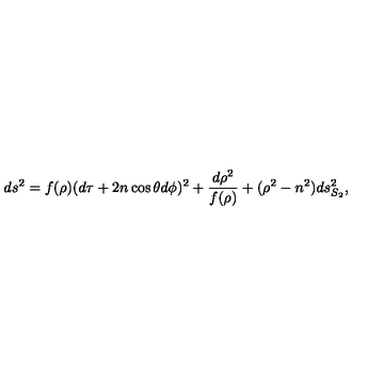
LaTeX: d s ^ { 2 } = f ( \rho ) ( d \tau + 2 n \cos \theta d \phi ) ^ { 2 } + { \frac { d \rho ^ { 2 } } { f ( \rho ) } } + ( \rho ^ { 2 } - n ^ { 2 } ) d s _ { S _ { 2 } } ^ { 2 } ,